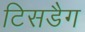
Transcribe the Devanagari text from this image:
टिसडैग